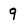
Character: 9